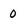
Character: 0